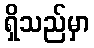
ရှိသည်မှာ